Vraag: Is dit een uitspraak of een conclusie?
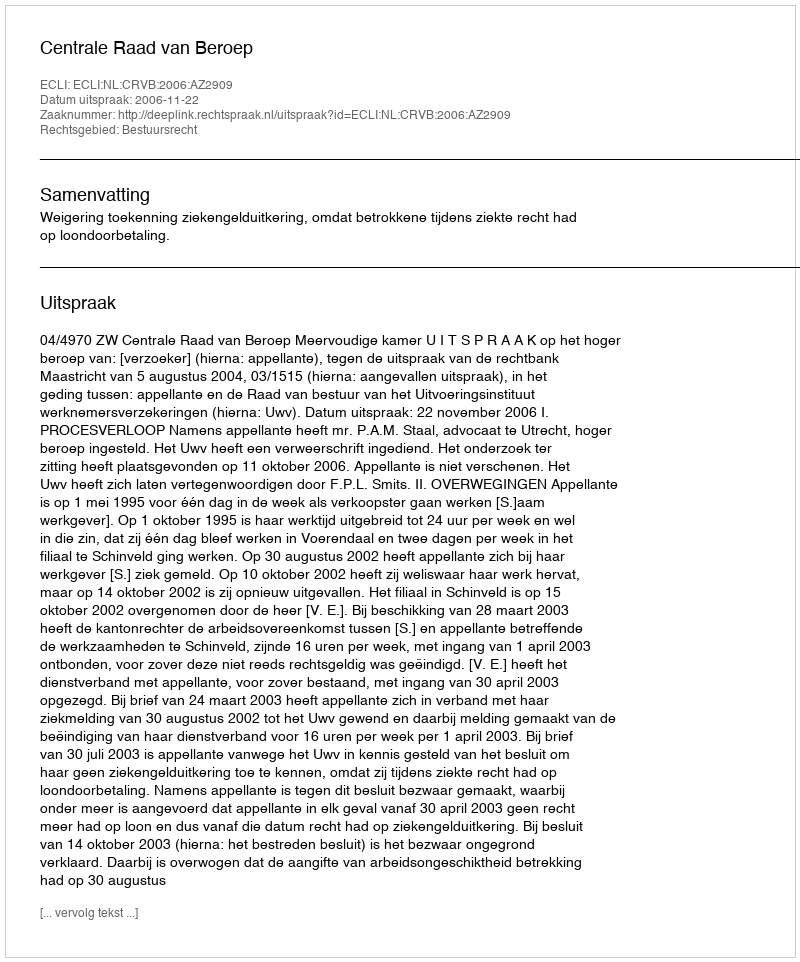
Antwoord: Uitspraak